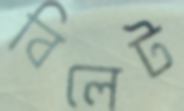
বিলেট